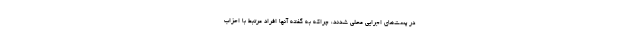
در پست‌های اجرایی محلی شدند، چراکه به گفته آنها افراد مرتبط با احزاب